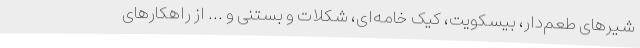
شیرهای طعم‌دار، بیسکویت، کیک خامه‌ای، شکلات و بستنی و ... از راهکارهای